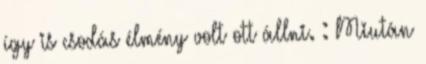
így is csodás élmény volt ott állni. : Miután